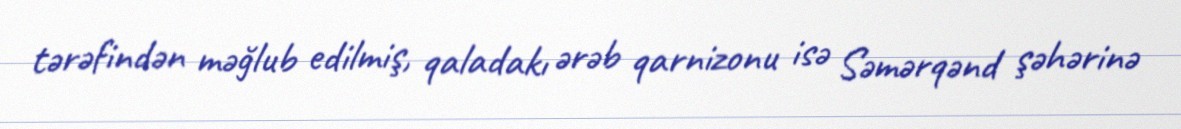
tərəfindən məğlub edilmiş, qaladakı ərəb qarnizonu isə Səmərqənd şəhərinə